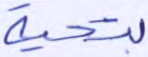
بتحية